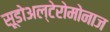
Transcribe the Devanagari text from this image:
सूडोअल्टेरोमोनाज